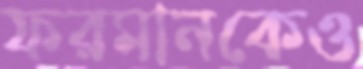
ফরমানকেও